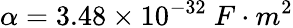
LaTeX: \alpha=3.48\times 10^{-32}~{F\cdot m^{2}}